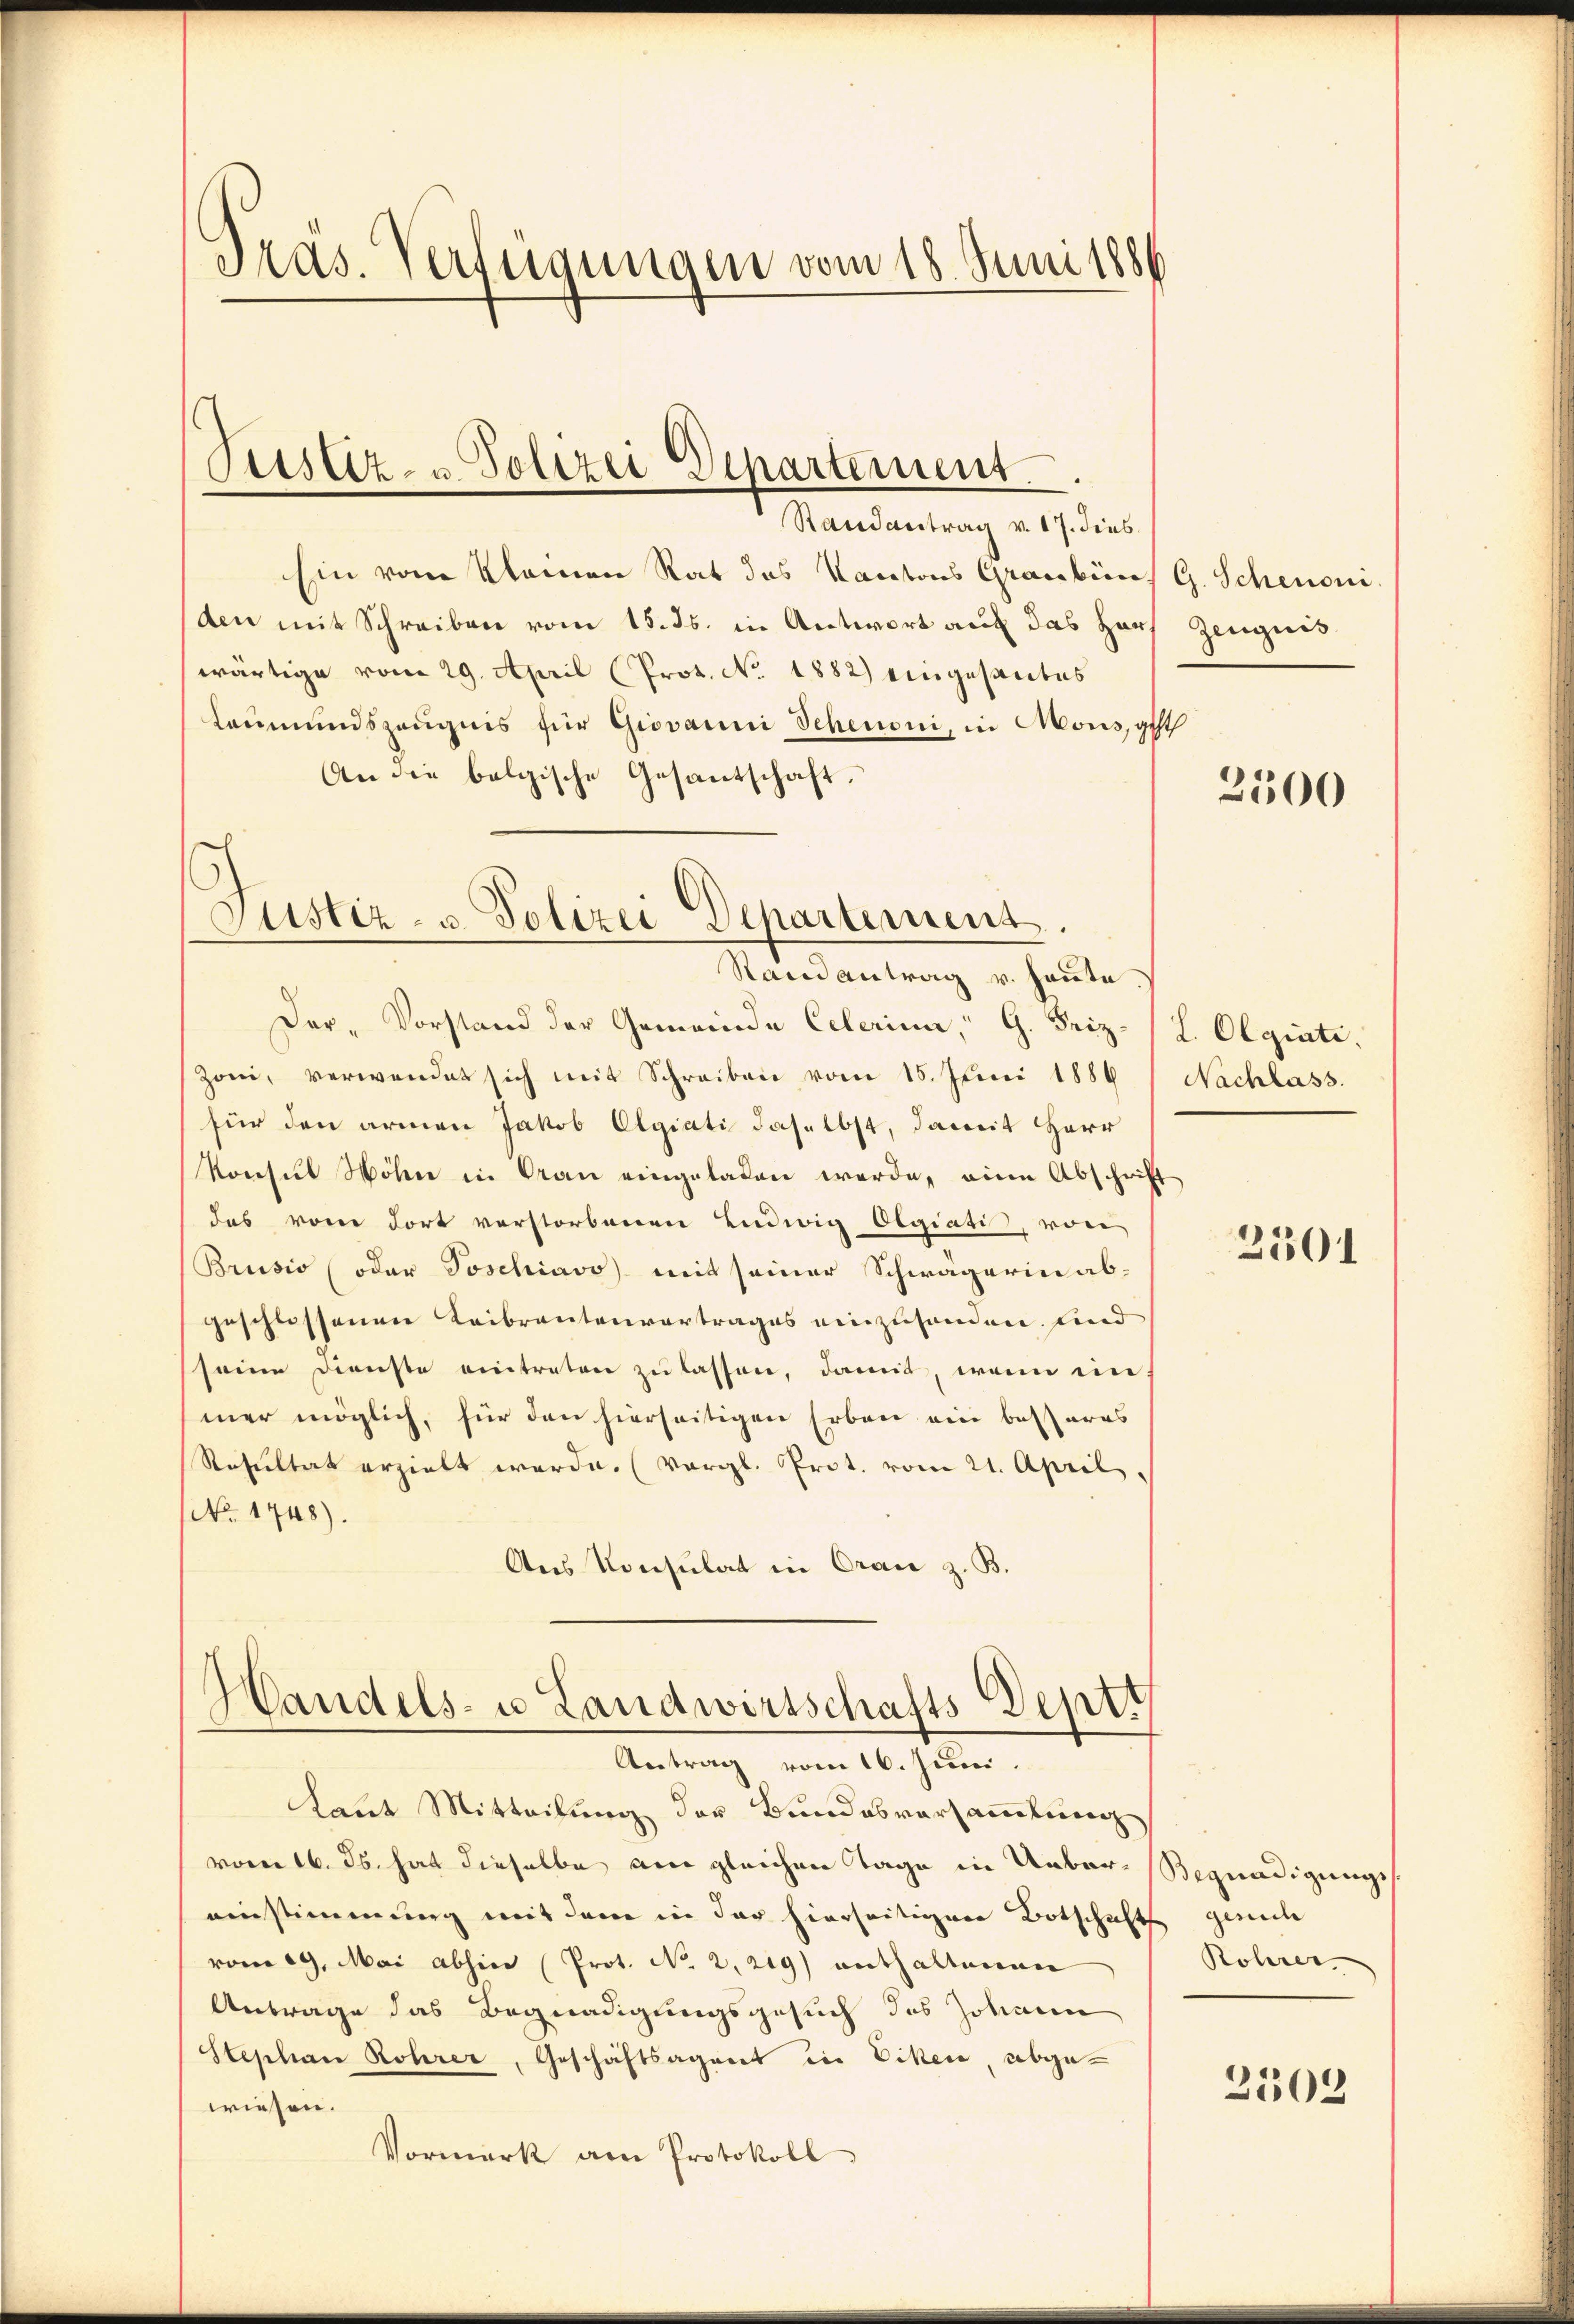
Präs. Verfügungen vom 18. Juni 1886

Randantrag v. 17. dies
Ein vom Kleinen Rat das Kantons Graubün
den mit Schreiben vom 15. ds. in Antwort auf das Harz Zeugnis
wärtige vom 29. April (Prot. No. 1882) eingesantes
Leumundszeugnis für Giovanni Scheuoni, in Mons, geth
An die belgische Gesantschaft.
Randantrag v. heute.
Der-Vorstand der Gemeinde Celerina, G. Friz-(L. Olgiati
Zoni, verwendet sich mit Schreiben vom 15. Juni 1886 / Nachlass.
für den armen Jakob Olgiati daselbst, damit Herr
Konsul Höhen in Gran eingeladen werde, eine Abschrift
das vom dort verstorbenen Ludwig Olgiati, von
Brusio (oder Poschiavo mit seiner Schwägerin ab-
geschlossenen Leibrantenvertrages einzusenden sind
seine Dienste eintreten zu lassen, damit, wenn ein
mer möglich, für den hierseitigen Erben ein besseres
Resultat erzielt werde. (Vergl. Prot. vom 21. April.
No. 1748).
Aus Konsulat in Oran z. B.
Handels- u. Landwirtschafts Deptt
Antrag vom 16. Juni.
Laut Mitteilung der Bundesversammlung
vom 16. ds. hat dieselbe an gleichen Tage in Ueber-Begnadigungseinstimmung mit dem in der hierseitigen Botschaft gerich
vom 29. Mai abhin (Prot. No. 229) enthaltenen
Antrage das Begnadigungsgesuch des Johann
Stephan Rohrer, Geschäftsagent in Eisen abgewiesen.
Vormerk am Protokoll

Pitsliz- u Polizei Departement.

Justiz- & Polizei Departement.

G. Schenoni

2500

2501

Rohrer

2103